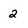
Character: 2